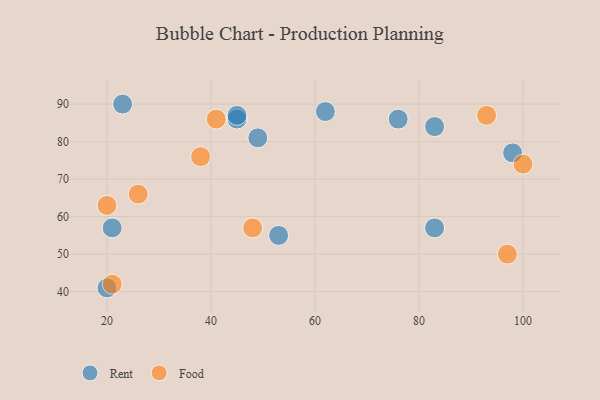
{"axis": {"x": "GDP", "y": "Life Expectancy"}, "legend": ["Food", "Rent"], "data": [{"x": "98", "y": 77, "type": "Rent"}, {"x": "20", "y": 41, "type": "Rent"}, {"x": "83", "y": 57, "type": "Rent"}, {"x": "49", "y": 81, "type": "Rent"}, {"x": "45", "y": 86, "type": "Rent"}, {"x": "23", "y": 90, "type": "Rent"}, {"x": "53", "y": 55, "type": "Rent"}, {"x": "62", "y": 88, "type": "Rent"}, {"x": "21", "y": 57, "type": "Rent"}, {"x": "45", "y": 87, "type": "Rent"}, {"x": "83", "y": 84, "type": "Rent"}, {"x": "76", "y": 86, "type": "Rent"}, {"x": "48", "y": 57, "type": "Food"}, {"x": "20", "y": 63, "type": "Food"}, {"x": "21", "y": 42, "type": "Food"}, {"x": "93", "y": 87, "type": "Food"}, {"x": "100", "y": 74, "type": "Food"}, {"x": "97", "y": 50, "type": "Food"}, {"x": "38", "y": 76, "type": "Food"}, {"x": "41", "y": 86, "type": "Food"}, {"x": "26", "y": 66, "type": "Food"}]}